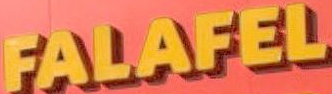
FALAFEL